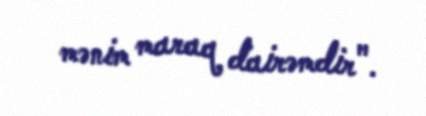
mənim maraq dairəmdir".